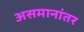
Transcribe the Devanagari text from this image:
असमानांतर